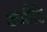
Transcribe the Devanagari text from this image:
कमीटि